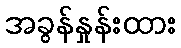
အခွန်နှုန်းထား